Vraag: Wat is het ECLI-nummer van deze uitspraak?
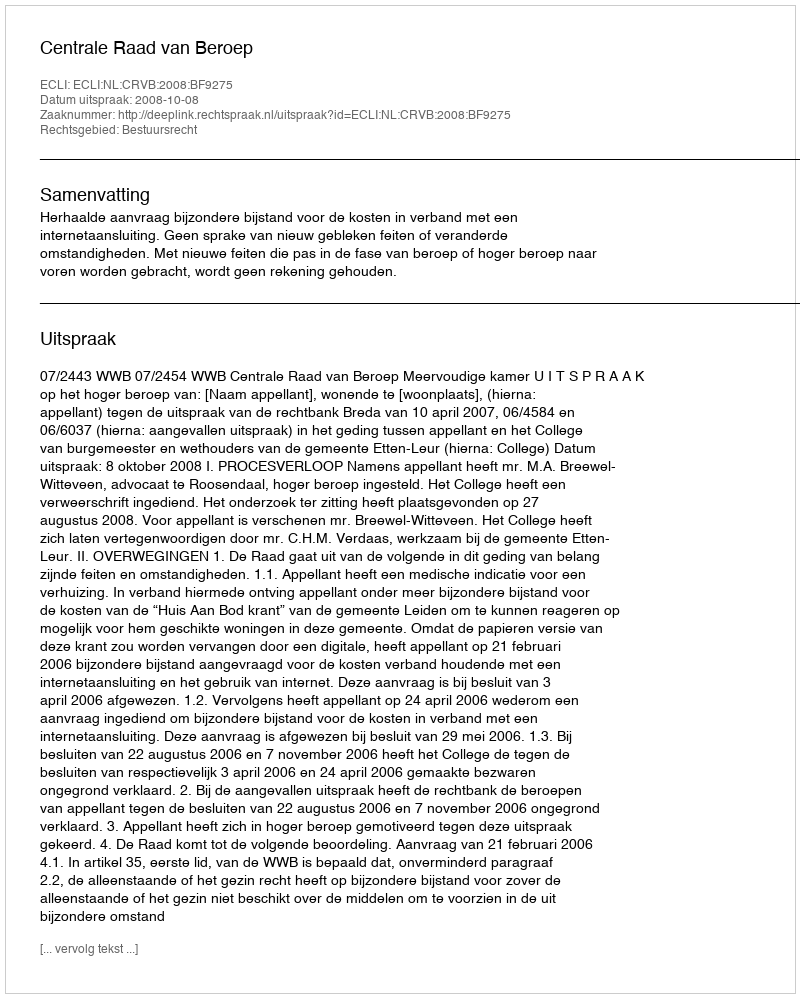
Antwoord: ECLI:NL:CRVB:2008:BF9275